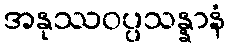
အနုဿဝပ္ပသန္နာနံ